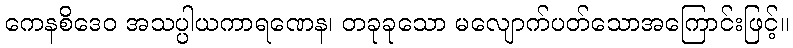
ကေနစိဒေဝ အသပ္ပါယကာရဏေန၊ တခုခုသော မလျောက်ပတ်သောအကြောင်းဖြင့်။